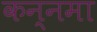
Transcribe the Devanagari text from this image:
कन्नमा